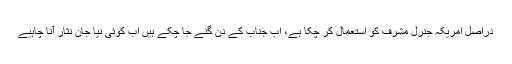
دراصل امریکہ جنرل مشرف کو استعمال کر چکا ہے، اب جناب کے دن گنے جا چکے ہیں اب کوئی نیا جان نثار آنا چاہیے